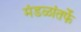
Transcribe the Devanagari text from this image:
मंडळांतर्फे